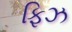
ફિઝ